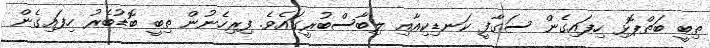
ތިބީ ބަތްޕޮޅި ހިފައިގެން ސަގާފީ ކަނޑިކިއާއި ލިބާސްބުރީގައެވެ. ފިރިހެނުން ތިބީ ބޮޑުބެރު ހިފައިގެން